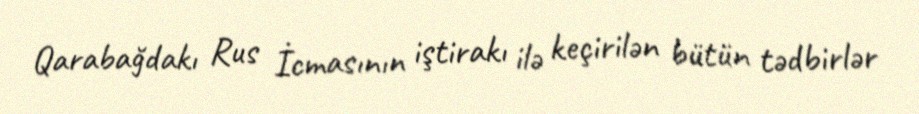
Qarabağdakı Rus İcmasının iştirakı ilə keçirilən bütün tədbirlər